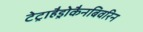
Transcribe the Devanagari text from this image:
टेट्राहैड्रोकैनबिवरिन